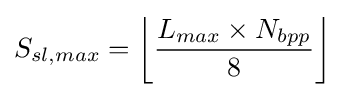
S_{sl,max}={\bigg \lfloor }{\frac {L_{max}\times N_{bpp}}{8}}{\bigg \rfloor }